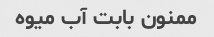
ممنون بابت آب میوه